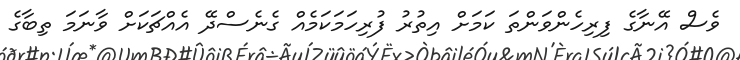
ވެސް އޭނާގެ ފިރިހެންވަންތަ ކަމަށް އިތުރު ފުރިހަމަކަމެއް ގެނެސްދޭ އެއްޗަކަށް ވާނަމަ ތިބާގެ